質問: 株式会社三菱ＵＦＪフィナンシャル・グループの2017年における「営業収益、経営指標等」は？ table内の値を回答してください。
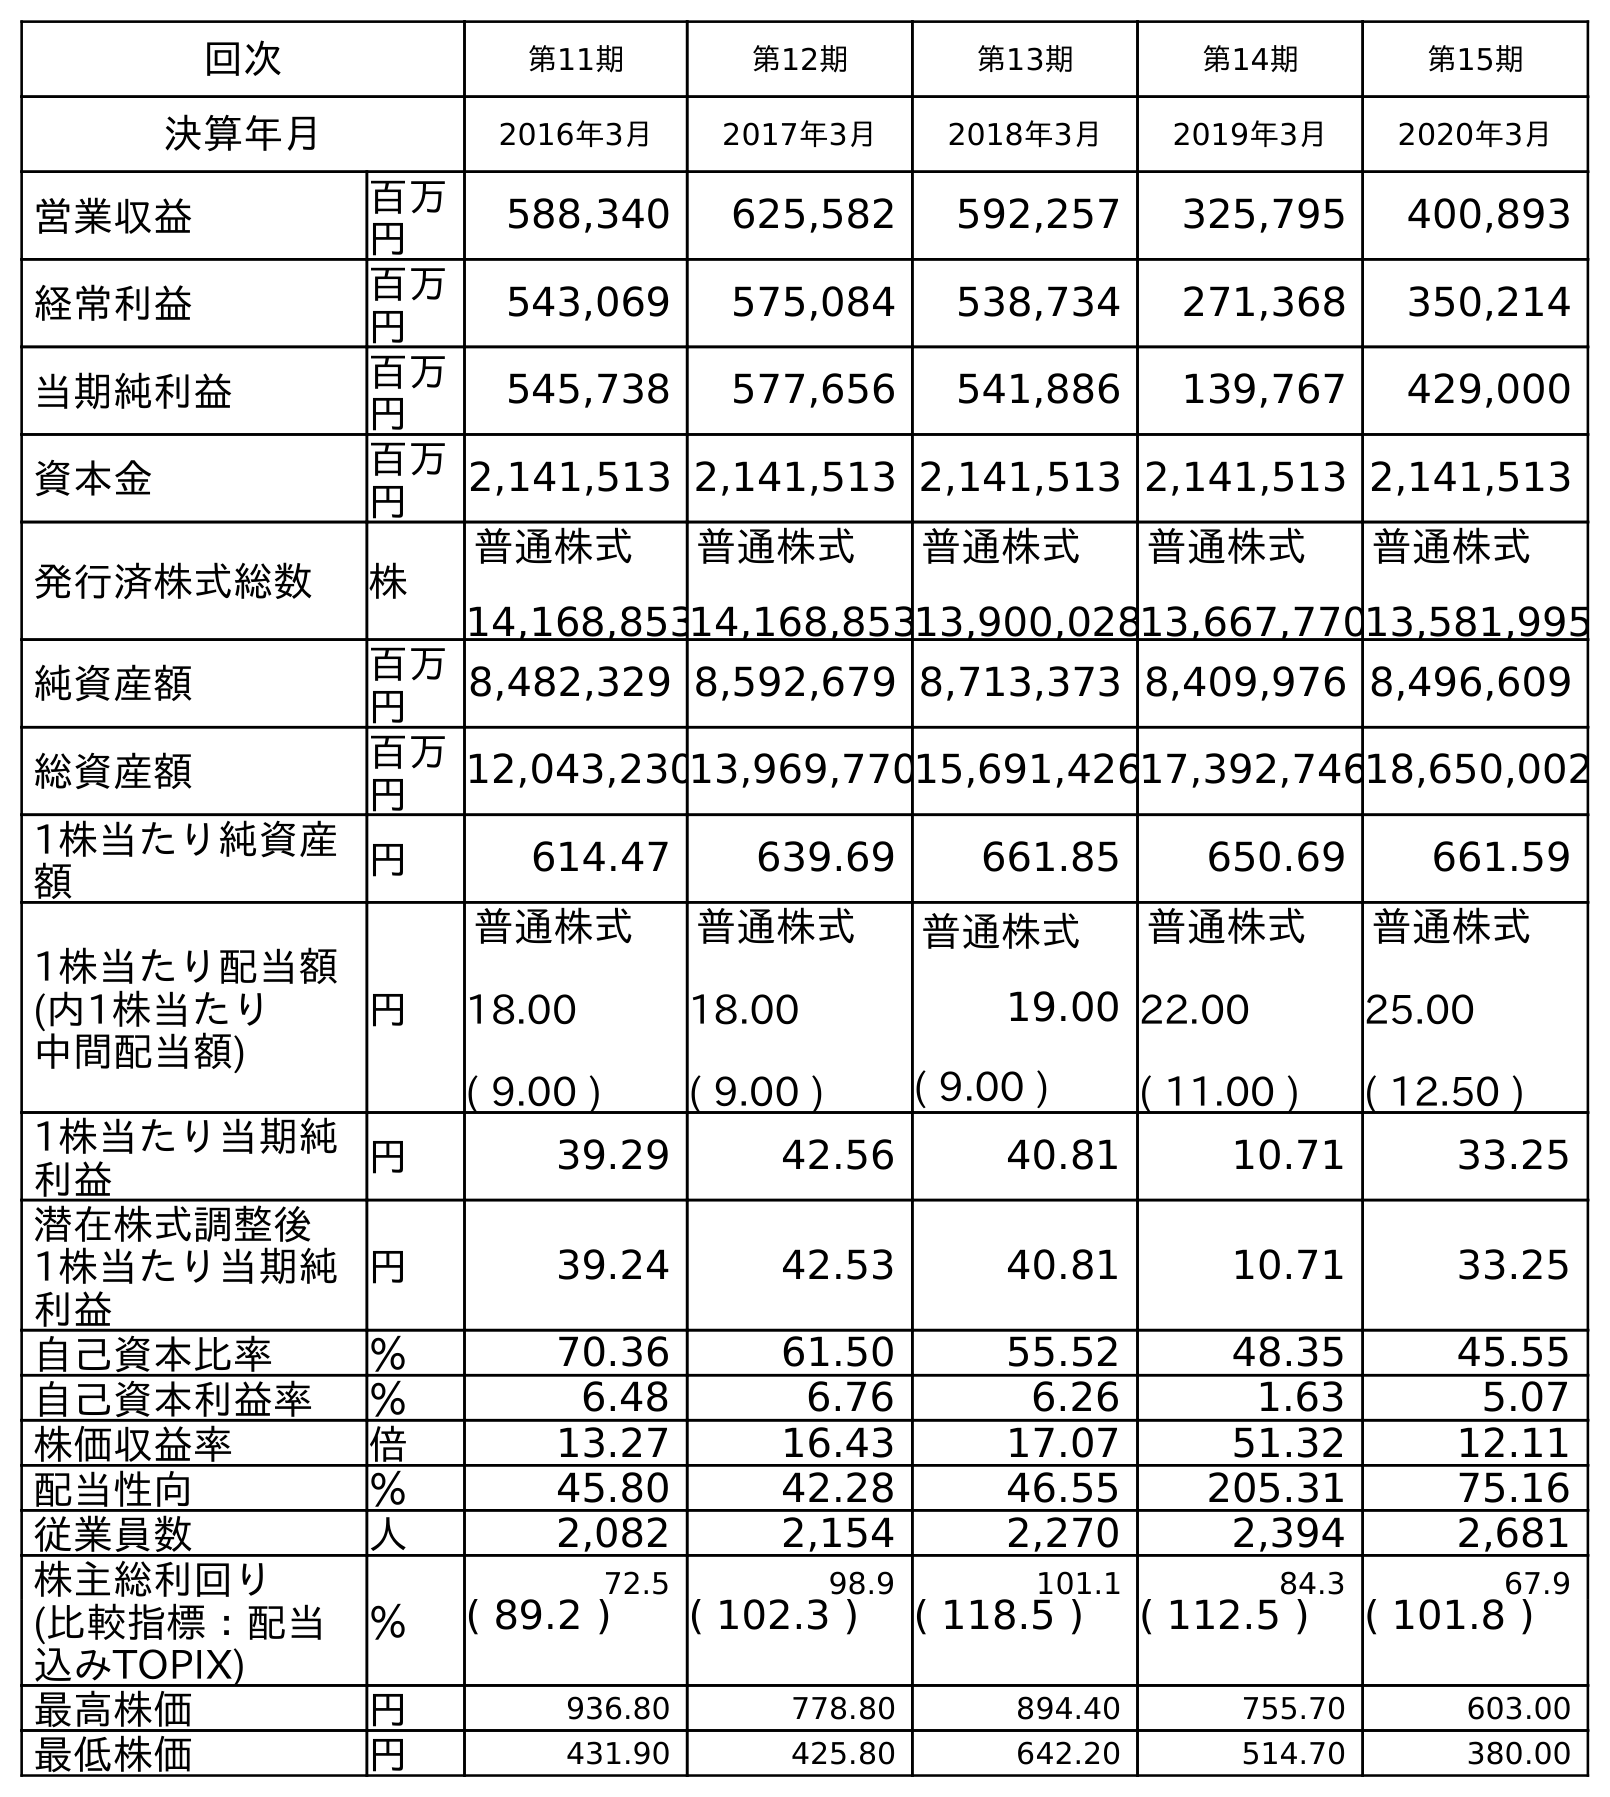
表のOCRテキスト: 回次 第11期 第12期 第13期 第14期 第15期 決算年月 2016年3月 2017年3月 2018年3月 2019年3月 2020年3月 営業収益 百万 円 588,340 625,582 592,257 325,795 400,893 経常利益 百万 円 543,069 575,084 538,734 271,368 350,214 当期純利益 百万 円 545,738 577,656 541,886 139,767 429,000 資本金 百万 円 2,141,513 2,141,513 2,141,513 2,141,513 2,141,513 発行済株式総数 株 普通株式 14,168,853 普通株式 14,168,853 普通株式 13,900,028 普通株式 13,667,770 普通株式 13,581,995 純資産額 百万 円 8,482,329 8,592,679 8,713,373 8,409,976 8,496,609 総資産額 百万 円 12,043,23013,969,77015,691,42617,392,74618,650,002 1株当たり純資産 額 円 614.47 639.69 661.85 650.69 661.59 1株当たり配当額 (内1株当たり 中間配当額) 円 普通株式 18.00 ( 9.00 ) 普通株式 18.00 ( 9.00 ) 普通株式 19.00 ( 9.00 ) 普通株式 22.00 ( 11.00 ) 普通株式 25.00 ( 12.50 ) 1株当たり当期純 利益 円 39.29 42.56 40.81 10.71 33.25 潜在株式調整後 1株当たり当期純 利益 円 39.24 42.53 40.81 10.71 33.25 自己資本比率 ％ 70.36 61.50 55.52 48.35 45.55 自己資本利益率 ％ 6.48 6.76 6.26 1.63 5.07 株価収益率 倍 13.27 16.43 17.07 51.32 12.11 配当性向 ％ 45.80 42.28 46.55 205.31 75.16 従業員数 人 2,082 2,154 2,270 2,394 2,681 株主総利回り ％ 72.5 98.9 101.1 84.3 67.9 (比較指標：配当 込みTOPIX) ( 89.2 ) ( 102.3 ) ( 118.5 ) ( 112.5 ) ( 101.8 ) 最高株価 円 936.80 778.80 894.40 755.70 603.00 最低株価 円 431.90 425.80 642.20 514.70 380.00
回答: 625,582